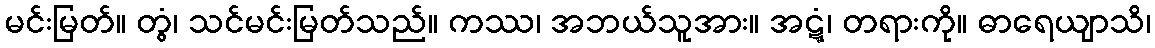
မင်းမြတ်။ တွံ၊ သင်မင်းမြတ်သည်။ ကဿ၊ အဘယ်သူအား။ အဋ္ဋံ၊ တရားကို။ ဓာရေယျာသိ၊